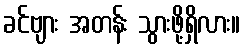
ခင်ဗျား အတန်း သွားဖို့ရှိလား။